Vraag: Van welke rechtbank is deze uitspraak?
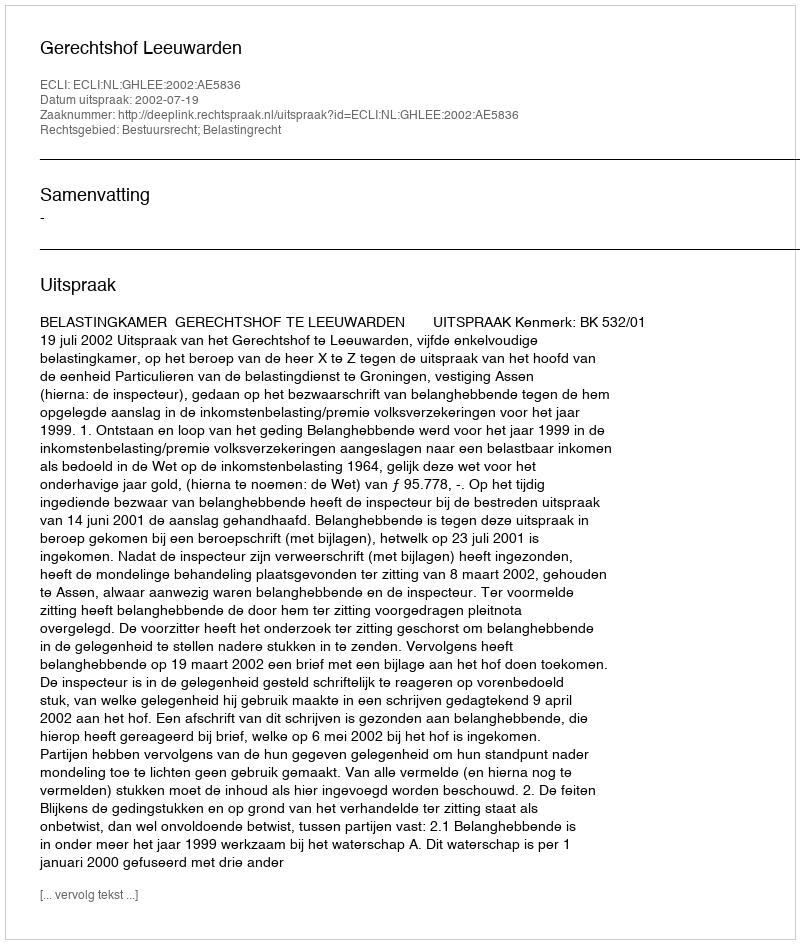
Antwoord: Gerechtshof Leeuwarden